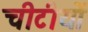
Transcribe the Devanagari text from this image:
चीटीयों